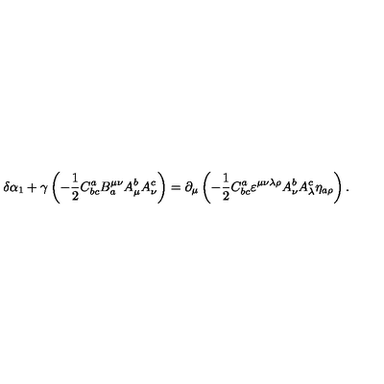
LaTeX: \delta \alpha _ { 1 } + \gamma \left( - \frac 1 2 C _ { b c } ^ { a } B _ { a } ^ { \mu \nu } A _ { \mu } ^ { b } A _ { \nu } ^ { c } \right) = \partial _ { \mu } \left( - \frac 1 2 C _ { b c } ^ { a } \varepsilon ^ { \mu \nu \lambda \rho } A _ { \nu } ^ { b } A _ { \lambda } ^ { c } \eta _ { a \rho } \right) .